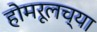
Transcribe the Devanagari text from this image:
होमरूलच्या